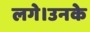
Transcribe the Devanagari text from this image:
लगे।उनके